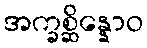
အက္ခစ္ဆိန္နောဝ